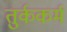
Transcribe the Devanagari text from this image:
तुर्ककर्म